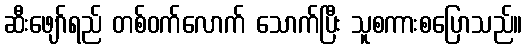
ဆီးဖျော်ရည် တစ်ဝက်လောက် သောက်ပြီး သူစကားစပြောသည်။